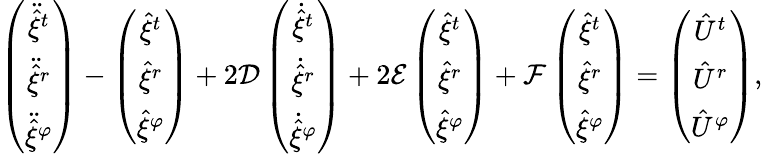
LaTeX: \left(\begin{array}{c}{{\ddot{\hat{\xi}}^{t}}}\\ {{\ddot{\hat{\xi}}^{r}}}\\ {{\ddot{\hat{\xi}}^{\varphi}}}\end{array}\right)-\left(\begin{array}{c}{{\hat{\xi}^{t}}}\\ {{\hat{\xi}^{r}}}\\ {{\hat{\xi}^{\varphi}}}\end{array}\right)+2{\cal D}\left(\begin{array}{c}{{\dot{\hat{\xi}}^{t}}}\\ {{\dot{\hat{\xi}}^{r}}}\\ {{\dot{\hat{\xi}}^{\varphi}}}\end{array}\right)+2{\cal E}\left(\begin{array}{c}{{\hat{\xi}^{t}}}\\ {{\hat{\xi}^{r}}}\\ {{\hat{\xi}^{\varphi}}}\end{array}\right)+{\cal F}\left(\begin{array}{c}{{{\hat{\xi}}^{t}}}\\ {{{\hat{\xi}}^{r}}}\\ {{{\hat{\xi}}^{\varphi}}}\end{array}\right)=\left(\begin{array}{c}{{{\hat{U}}^{t}}}\\ {{{\hat{U}}^{r}}}\\ {{{\hat{U}}^{\varphi}}}\end{array}\right),